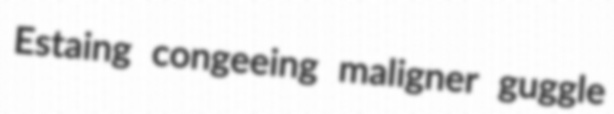
Estaing congeeing maligner guggle